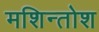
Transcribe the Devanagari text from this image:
मशिन्तोश